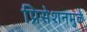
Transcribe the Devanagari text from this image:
प्रिसेशनमुळे